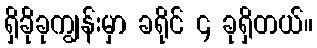
ရှိခိုခုကျွန်းမှာ ခရိုင် ၄ ခုရှိတယ်။